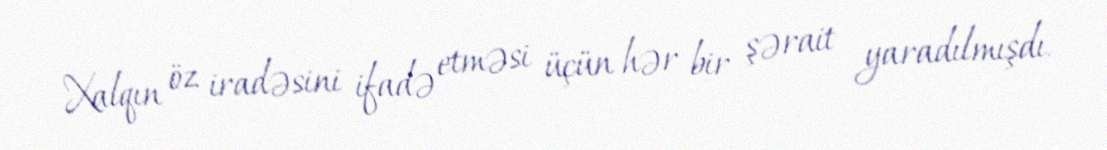
Xalqın öz iradəsini ifadə etməsi üçün hər bir şərait yaradılmışdı.